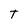
Character: T